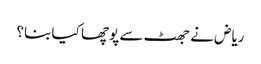
ریاض نے جھٹ سے پوچھا کیا بنا؟